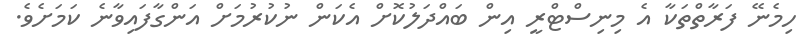
ހިމެނޭ ފަރާތްތަކާ އެ މިނިސްޓްރީ އިން ބައްދަލުކޮށް އެކަން ނުކުރުމަށް އަންގާފައިވާނެ ކަމަށެވެ.